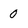
Character: 0